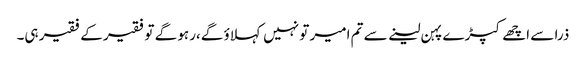
ذرا سے اچھے کپڑے پہن لینے سے تم امیر تو نہیں کہلاؤ گے،رہو گے تو فقیر کے فقیر ہی۔